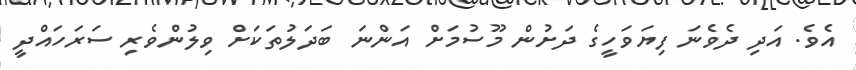
އެވެ. އަދި ދެވެނަ ފިޔަވަހީގެ ދަށުން މޫސުމަށް އަންނަ ބަދަލުތަކަށް ވިލުންވެރި ސަރަހައްދީ